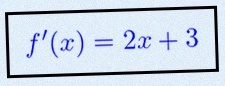
f'(x)=2x+3